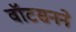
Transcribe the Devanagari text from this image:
वॉटसनने